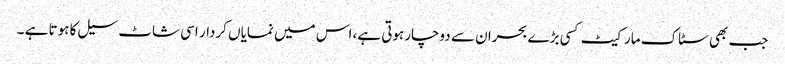
جب بھی سٹاک مارکیٹ کسی بڑے بحران سے دوچارہوتی ہے، اس میں نمایاں کردار اسی شاٹ سیل کا ہوتا ہے ۔